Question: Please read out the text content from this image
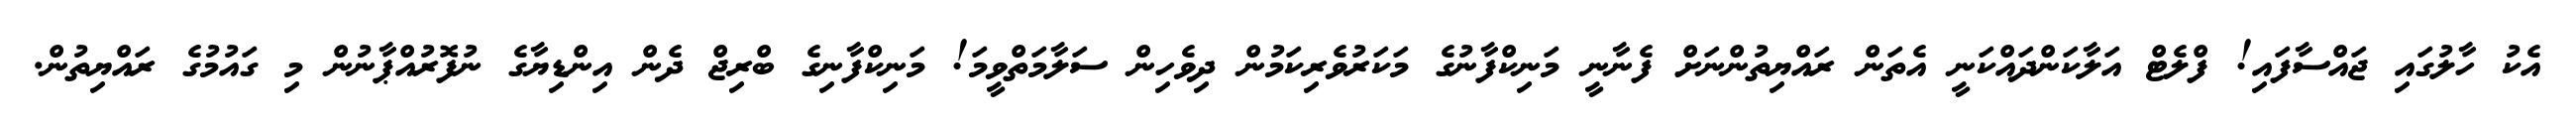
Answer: އެކު ހާލުގައި ޖައްސާފައި! ފްލެޓް އަލާކަންދައްކަނީ އެތަން ރައްޔިތުންނަށް ފެނާނީ މަނިކްފާނުގެ މަކަރުވެރިކަމުން ދިވެހިން ސަލާމަތްވީމަ! މަނިކްފާނިގެ ބްރިޖް ދެން އިންޑިޔާގެ ނުފޮރުއްޕާނުން މި ގައުމުގެ ރައްޔިތުން.